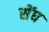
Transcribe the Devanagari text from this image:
सेंघ